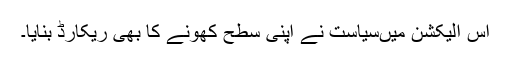
اس الیکشن میںسیاست نے اپنی سطح کھونے کا بھی ریکارڈ بنایا۔